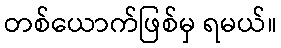
တစ်ယောက်ဖြစ်မှ ရမယ်။